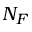
N _ { F }